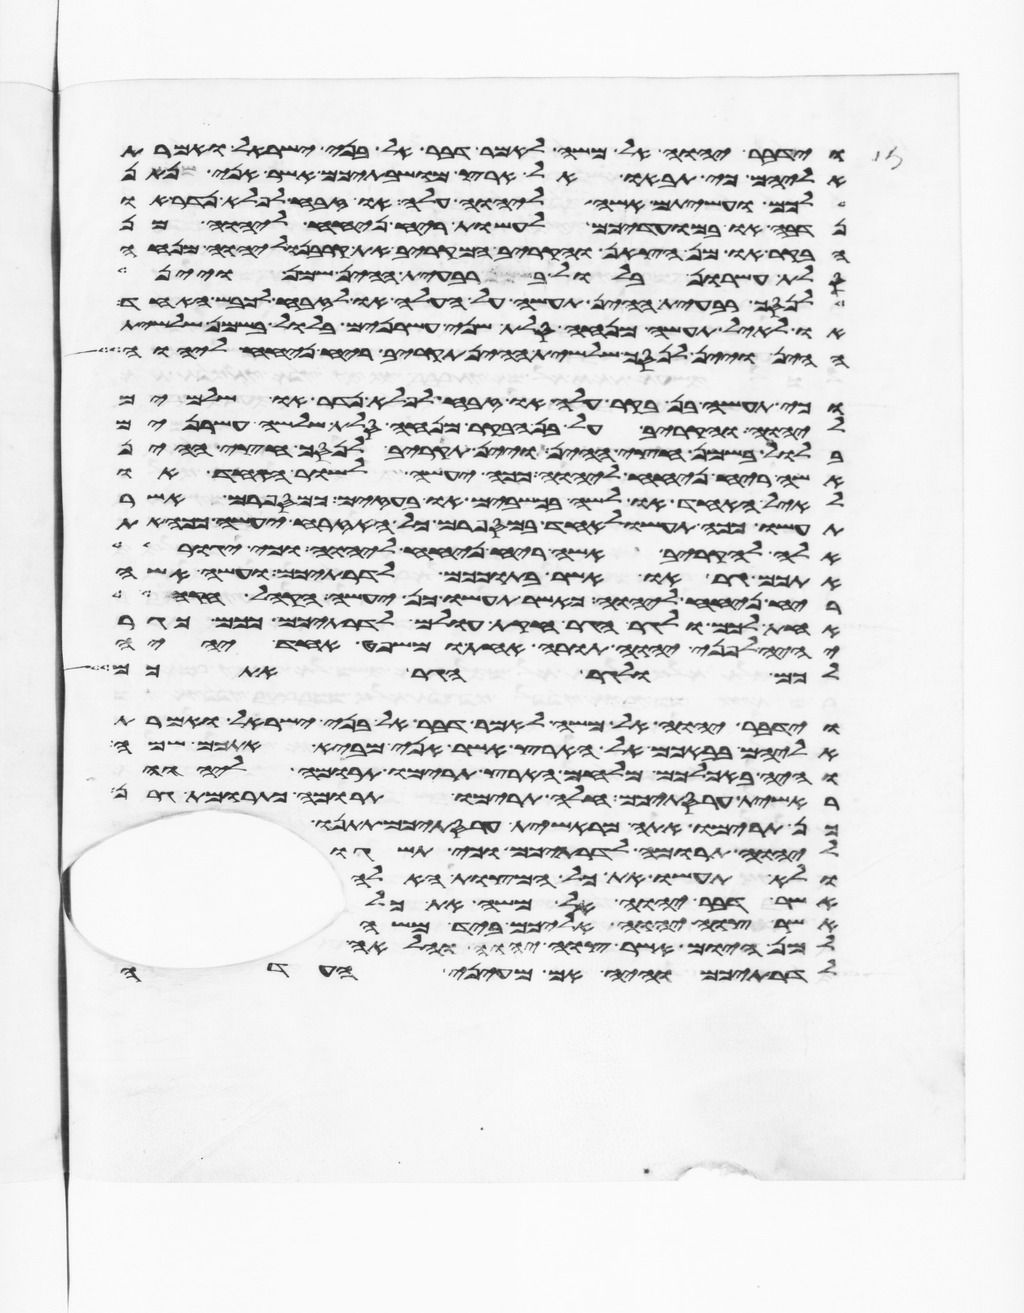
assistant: וידבר יהוה אל משה לאמר דבר אל בני ישראל ואמרת
אליהם כי תבאו אל ארץ מושבתיכם אשר אני נתן
לכם ועשיתם אשה ליהוה עלה או זבח לפלא נדר או
נדבה או במועדיכם לעשות ריח ניחח ליהוה מן
הבקר או מן הצאן והקריב המקריב את קרבנו ליהוה מנחה
סלת עשרון בלול ברבעית ההין שמן ויין
לנסך רבעית ההין תעשה על העלה או לזבח לכבש האחד
או לאיל תעשה מנחה סלת שני עשרנים בלול בשמן שלשית
ההין ויין לנסך שלשית ההין תקריב ריח ניחח ליהוה
וכי תעשה בן בקר עלה או זבח לפלא נדר או שלמים
ליהוה והקריב על בן הבקר מנחה סלת שלשה עשרנים
בלול בשמן חצי ההין ויין תקריב לנסך חצי ההין
אשה ריח ניחח ליהוה ככה יעשה לשור האחד או
לאיל האחד או לשה בכשבים או בעזים כמספרם אשר
תעשו ככה תעשו לאחד במספרם כל האזרח יעשה ככה את
אלה להקריב אשה ריח ניחח ליהוה וכי יגור
אתכם גר או אשר בתוככם לדרתיכם ועשה אשה
ריח ניחח ליהוה כאשר תעשו כן יעשה הקהל חקה
אחת לכם ולגר הגר חקת עולם לדרתיכם ככם כגר
יהיה לפני יהוה תורה אחת ומשפט אחד יהיה
לכם ולגר הגר אתכם
וידבר יהוה אל משה לאמר דבר אל בני ישראל ואמרת
אליהם בבאכם אל הארץ אשר אני מביא אתכם שמה
והיה באכלכם מלחם הארץ תרימו תרומה ליהוה
ראשית עריסתיכם חלה תרימו תרומה כתרומת גרן
כן תרימו אתה מראשית עריסתיכם תתנו
ליהוה תרומה לדרתיכם וכי תשגו
ולא תעשו את כל המצות האלה
אשר דבר יהוה אל משה את כל
אשר צוה יהוה אליכם ביד משה
למן היום אשר צוה יהוה והלאה
לדרתיכם והיה אם מעיני העדה